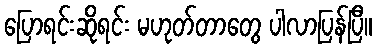
ပြောရင်းဆိုရင်း မဟုတ်တာတွေ ပါလာပြန်ပြီ။